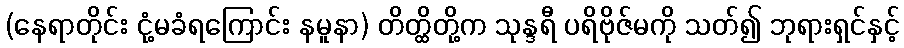
(နေရာတိုင်း ငုံ့မခံရကြောင်း နမူနာ) တိတ္ထိတို့က သုန္ဒရီ ပရိဗိုဇ်မကို သတ်၍ ဘုရားရှင်နှင့်